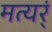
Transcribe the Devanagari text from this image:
मत्यर्ं